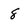
Character: 8